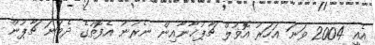
އެއީ 2004 ވަނަ އަހަރު އޮޥުލް ޗާޕުޚާނާއިން ނެރުނު އެފޮތުގެ ދެވަނަ ޗާޕުން